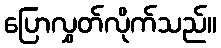
ပြောလွှတ်လိုက်သည်။